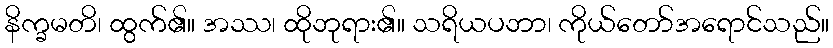
နိက္ခမတိ၊ ထွက်၏။ အဿ၊ ထိုဘုရား၏။ သရိယပဘာ၊ ကိုယ်တော်အရောင်သည်။